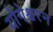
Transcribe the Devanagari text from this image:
योगेश्वरन